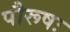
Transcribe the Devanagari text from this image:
पौरूषः